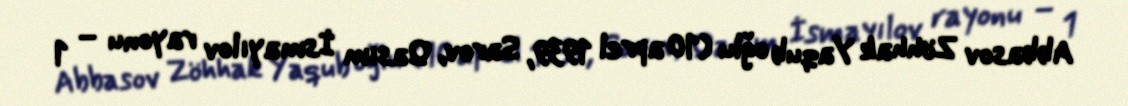
Abbasov Zöhhak Yaqub oğlu (10 aprel 1939, Sarov, Qasım İsmayılov rayonu – 1